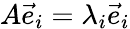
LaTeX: A{\vec{e}}_{i}=\lambda_{i}{\vec{e}}_{i}